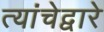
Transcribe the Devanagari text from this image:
त्यांचेद्वारे